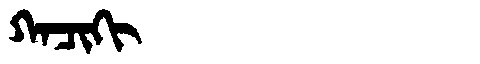
Manchu: ᡴᠠᠴᡳᡴᡳ
Romanization: KACIKI